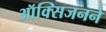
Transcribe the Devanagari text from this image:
ऑक्सिजनने